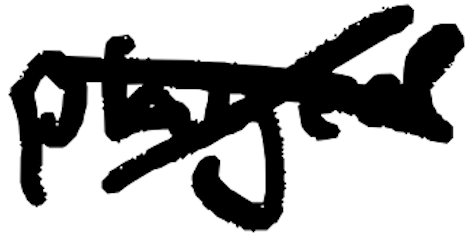
Text: played
Cross-out: cross
Writing tool: digital_black